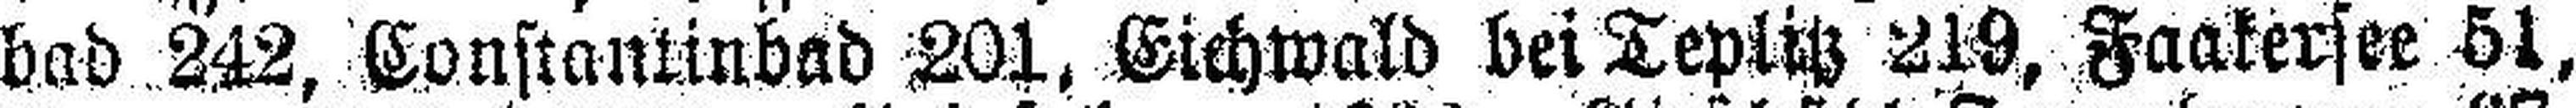
bad 242, Constantinbad 201, Eichwald bei Teplitz 219, Faakersee 51,